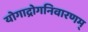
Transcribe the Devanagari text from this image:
योगाद्रोगनिवारणम्